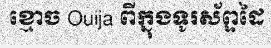
ខ្មោច Ouija ពីក្នុងទូរស័ព្ទដៃ